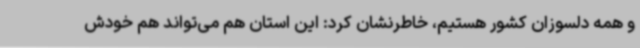
و همه دلسوزان کشور هستیم، خاطرنشان کرد: این استان هم می‌تواند هم خودش